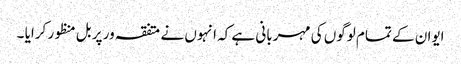
ایوان کے تمام لوگوں کی مہربانی ہے کہ انہوں نے متفقہ ور پر بل منظور کرایا ۔